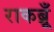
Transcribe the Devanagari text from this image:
राकब्रूँ